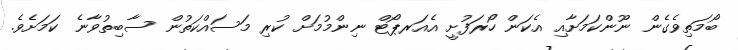
ބޯމަތިވެގެން ނޫންކަމަށާއި އެކަން ހޯރަފުށީ އެއަރޕޯޓް ނިންމުމަށް ކުރި މަސައްކަތުން ސާބިތުވާނެ ކަމަށެވެ.